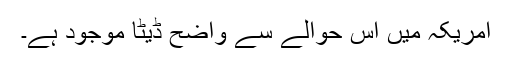
امریکہ میں اس حوالے سے واضح ڈیٹا موجود ہے۔